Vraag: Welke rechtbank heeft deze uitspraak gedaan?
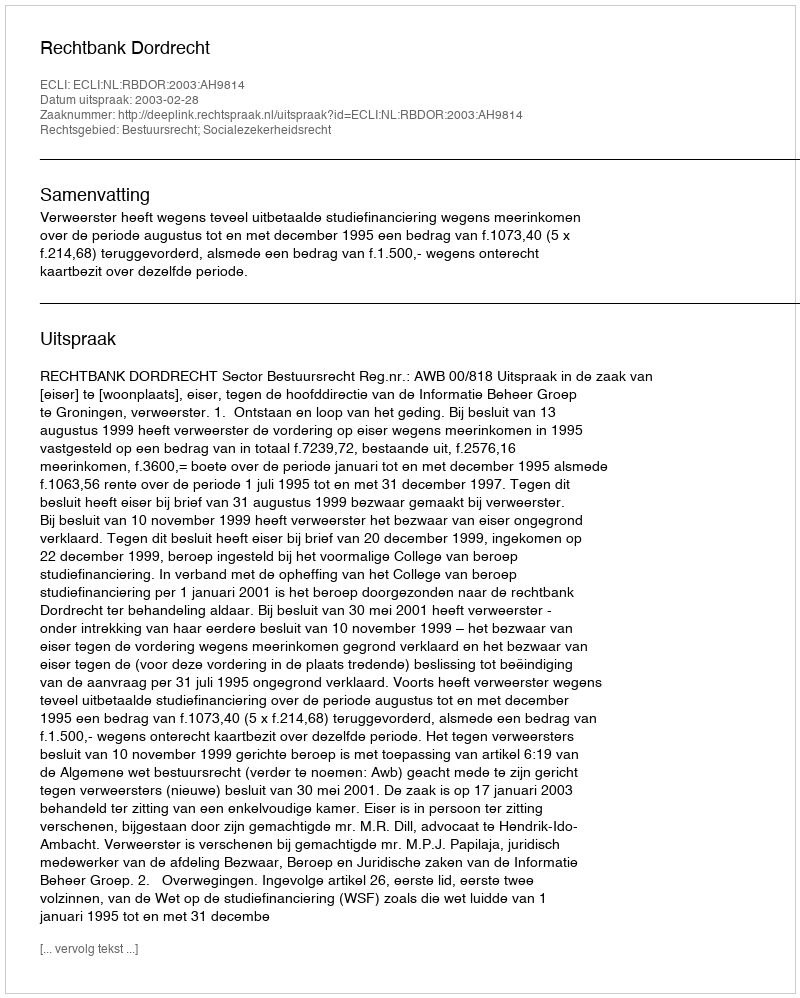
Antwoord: Rechtbank Dordrecht